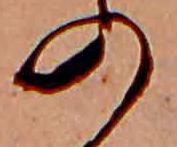
の